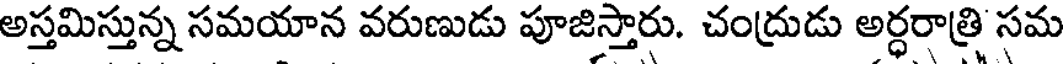
అస్తమిస్తున్న సమయాన వరుణుడు పూజిస్తారు. చంద్రుడు అర్ధరాత్రి సమ